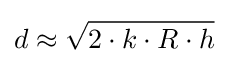
d\approx {\sqrt {2\cdot k\cdot R\cdot h}}